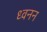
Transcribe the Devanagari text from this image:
ध्वनन